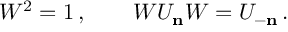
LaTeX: W ^ { 2 } = 1 \, , \qquad W U _ { \bf n } W = U _ { - \bf n } \, .